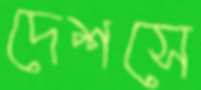
দেশসে